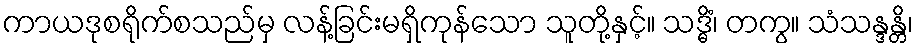
ကာယဒုစရိုက်စသည်မှ လန့်ခြင်းမရှိကုန်သော သူတို့နှင့်။ သဒ္ဓိံ၊ တကွ။ သံသန္ဒန္တိ၊